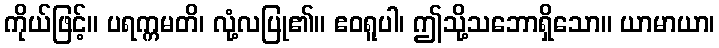
ကိုယ်ဖြင့်။ ပရက္ကမတိ၊ လုံ့လပြု၏။ ဧဝရူပါ၊ ဤသို့သဘောရှိသော။ ယာမာယာ၊